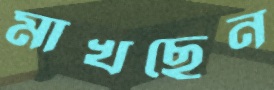
মাখছেন